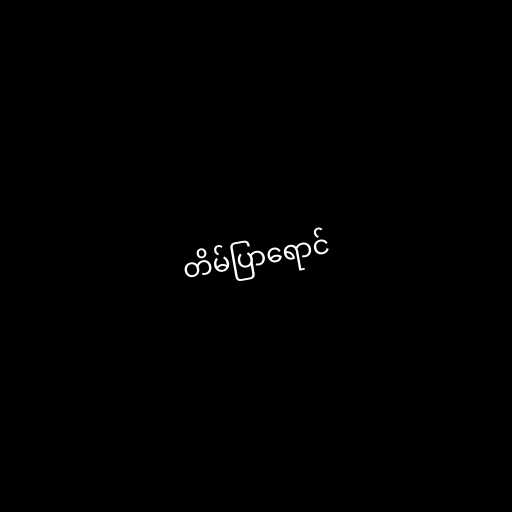
တိမ်ပြာရောင်